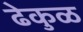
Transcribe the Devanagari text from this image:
ढेकुळ